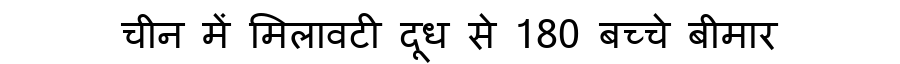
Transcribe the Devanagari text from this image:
चीन में मिलावटी दूध से 180 बच्चे बीमार